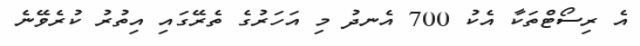
އެ ރިސޯޓްތަކާ އެކު 700 އެނދު މި އަހަރުގެ ތެރޭގައި އިތުރު ކުރެވޭނެ